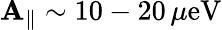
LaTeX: \mathbf{A}_{\parallel}\sim10-20\, \mu\mathrm{{eV}}